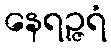
နေရဉ္ဇရံ